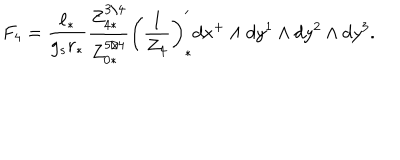
LaTeX: F _ { 4 } = { \frac { \ell _ { * } } { g _ { s } r _ { * } } } { \frac { Z _ { 4 * } ^ { 3 / 4 } } { Z _ { 0 * } ^ { 5 / 4 } } } \left( { \frac { 1 } { Z _ { 4 } } } \right) _ { * } ^ { \prime } d x ^ { + } \wedge d y ^ { 1 } \wedge d y ^ { 2 } \wedge d y ^ { 3 } .